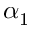
\alpha _ { 1 }